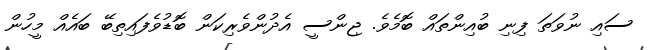
ސައި ނުވަތަ ފިނި ބުއިންތައް ބޮމެވެ. ޖިންސީ އެދުންވެރިކަން ބޮޑުވެފައިތިބޭ ބައެއް މީހުން